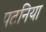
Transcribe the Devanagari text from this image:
पटनिया